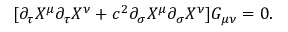
[ \partial _ { \tau } X ^ { \mu } \partial _ { \tau } X ^ { \nu } + c ^ { 2 } \partial _ { \sigma } X ^ { \mu } \partial _ { \sigma } X ^ { \nu } ] G _ { \mu \nu } = 0 .